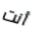
أنت